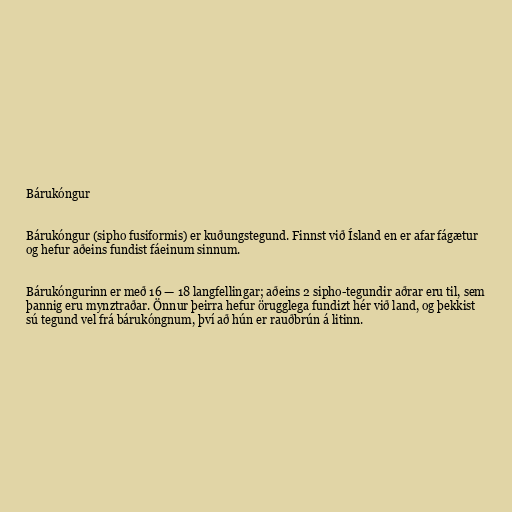
Bárukóngur

Bárukóngur (sipho fusiformis) er kuðungstegund. Finnst við Ísland en er afar fágætur
og hefur aðeins fundist fáeinum sinnum.

Bárukóngurinn er með 16 — 18 langfellingar; aðeins 2 sipho-tegundir aðrar eru til, sem
þannig eru mynztraðar. Önnur þeirra hefur örugglega fundizt hér við land, og þekkist
sú tegund vel frá bárukóngnum, því að hún er rauðbrún á litinn.